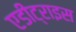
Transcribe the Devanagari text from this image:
एडीट्राइस